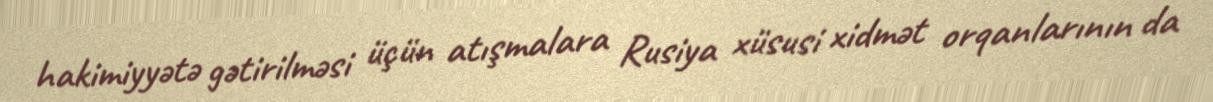
hakimiyyətə gətirilməsi üçün atışmalara Rusiya xüsusi xidmət orqanlarının da